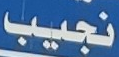
نجيب